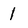
Character: 1